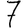
Digit: 7